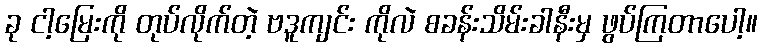
ခု ငါ့မြေးကို တုပ်လိုက်တဲ့ ဗဒူကျင်း ကိုလဲ စခန်းသိမ်းခါနီးမှ ဖွပ်ကြတာပေါ့။